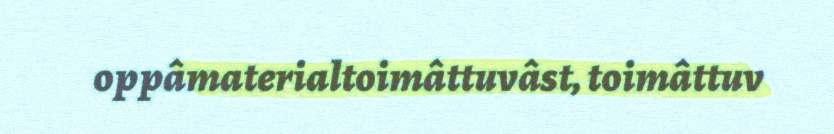
oppâmaterialtoimâttuvâst, toimâttuv